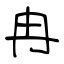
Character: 冉